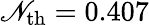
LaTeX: \mathscr{N}_{\mathrm{{th}}}=0.407